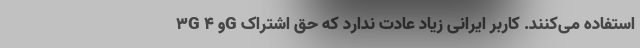
3G و 4G استفاده می‌کنند. کاربر ایرانی زیاد عادت ندارد که حق اشتراک